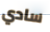
سادي